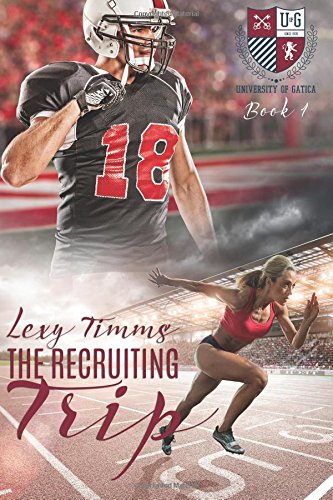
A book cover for The Recruiting Trip (The University of Gatica Series) (Volume 1); Lexy Timms; Romance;